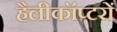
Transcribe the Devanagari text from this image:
हैलीकॉप्टरों